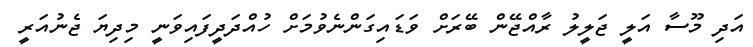
އަދި މޫސާ އަލީ ޖަލީލު ރާއްޖޭން ބޭރަށް ވަޑައިގަންނެވުމަށް ހުއްދަދީފައިވަނީ މިދިޔަ ޖެނުއަރީ